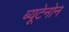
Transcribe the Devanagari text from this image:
ब्यूटेनोन